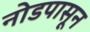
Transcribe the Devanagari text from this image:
नोडपासून